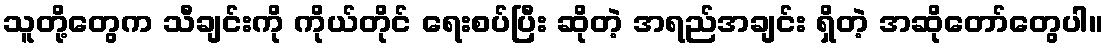
သူတို့တွေက သီချင်းကို ကိုယ်တိုင် ရေးစပ်ပြီး ဆိုတဲ့ အရည်အချင်း ရှိတဲ့ အဆိုတော်တွေပါ။